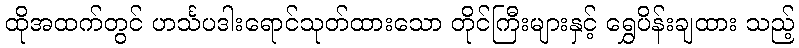
ထိုအထက်တွင် ဟင်္သပဒါးရောင်သုတ်ထားသော တိုင်ကြီးများနှင့် ရွှေပိန်းချထား သည့်